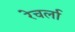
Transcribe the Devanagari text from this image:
रेचर्ला